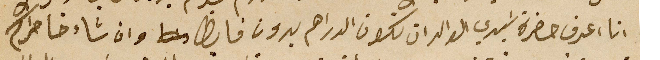
انا اعرف حضرة سَيدي الوالد ان تكون الدراهم بدون فايظ وان شاء خاطركم